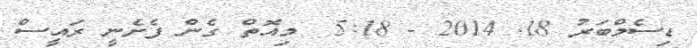
ޑިސެމްބަރު 18